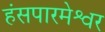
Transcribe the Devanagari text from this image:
हंसपारमेश्वर